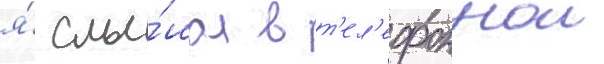
я́ слы́шал в т'ел'ефоннои